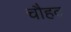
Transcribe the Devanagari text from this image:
चौहद